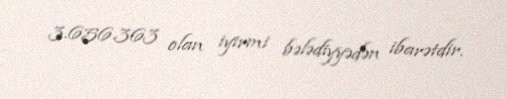
3.656.363 olan iyirmi bələdiyyədən ibarətdir.